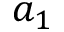
a _ { 1 }